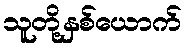
သူတို့နှစ်ယောက်